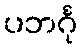
ပဘင်္ဂု